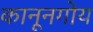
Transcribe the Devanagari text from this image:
कानूनगोय